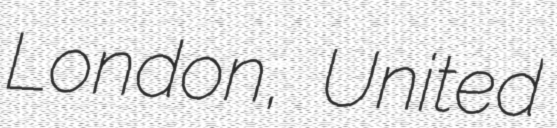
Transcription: London, United